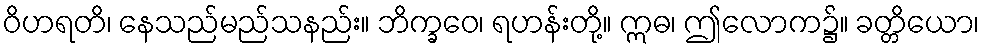
ဝိဟရတိ၊ နေသည်မည်သနည်း။ ဘိက္ခဝေ၊ ရဟန်းတို့။ ဣဓ၊ ဤလောက၌။ ခတ္တိယော၊